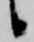
候